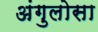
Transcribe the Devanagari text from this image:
अंगुलोसा